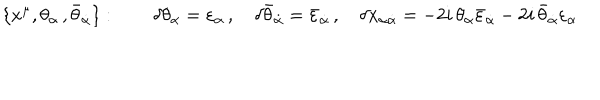
\{ x ^ { \mu } , \theta _ { \alpha } \, , \bar { \theta } _ { \dot { \alpha } } \} : \qquad \delta \theta _ { \alpha } = \varepsilon _ { \alpha } \, , \quad \delta \bar { \theta } _ { \dot { \alpha } } = \bar { \varepsilon } _ { \dot { \alpha } } \, , \quad \delta x _ { \alpha \dot { \alpha } } = - 2 i \, \theta _ { \alpha } \bar { \varepsilon } _ { \dot { \alpha } } - 2 i \, \bar { \theta } _ { \dot { \alpha } } \varepsilon _ { \alpha }